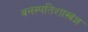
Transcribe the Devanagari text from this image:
वनस्पतिशास्त्रज्ञ